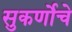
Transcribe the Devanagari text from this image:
सुकर्णोचे